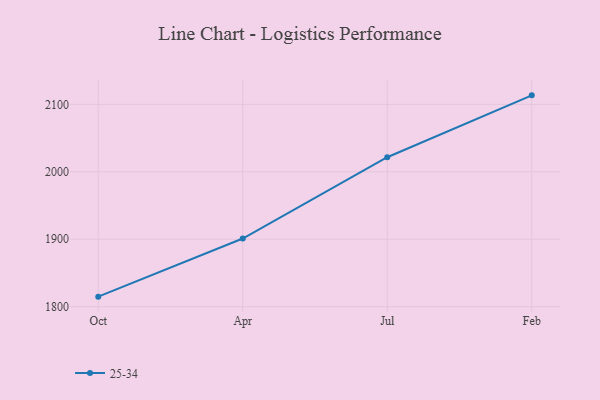
{"axis": {"x": "Month", "y": "Inventory Turnover"}, "legend": ["25-34"], "data": [{"x": "Oct", "y": 1814.9, "type": "25-34"}, {"x": "Apr", "y": 1901.1, "type": "25-34"}, {"x": "Jul", "y": 2021.6, "type": "25-34"}, {"x": "Feb", "y": 2113.3, "type": "25-34"}]}